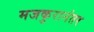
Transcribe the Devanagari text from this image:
मजकुरानंतर